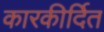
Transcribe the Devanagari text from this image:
कारकीर्दित